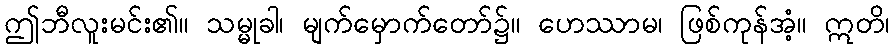
ဤဘီလူးမင်း၏။ သမ္မုခါ၊ မျက်မှောက်တော်၌။ ဟေဿာမ၊ ဖြစ်ကုန်အံ့။ ဣတိ၊